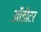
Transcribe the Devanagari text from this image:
ऑडीटर